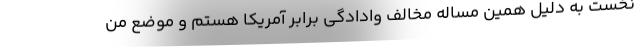
نخست به دلیل همین مساله مخالف وادادگی برابر آمریکا هستم و موضع من